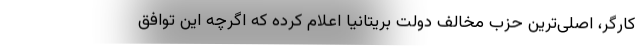
کارگر، اصلی‌ترین حزب مخالف دولت بریتانیا اعلام کرده که اگرچه این توافق